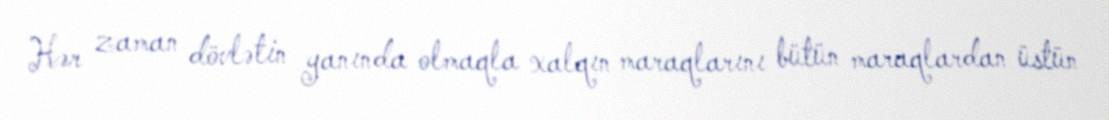
Hər zaman dövlətin yanında olmaqla xalqın maraqlarını bütün maraqlardan üstün